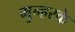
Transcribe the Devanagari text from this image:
मुन्हरके